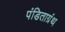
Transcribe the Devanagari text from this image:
पंडिताग्रंथ